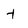
Character: t